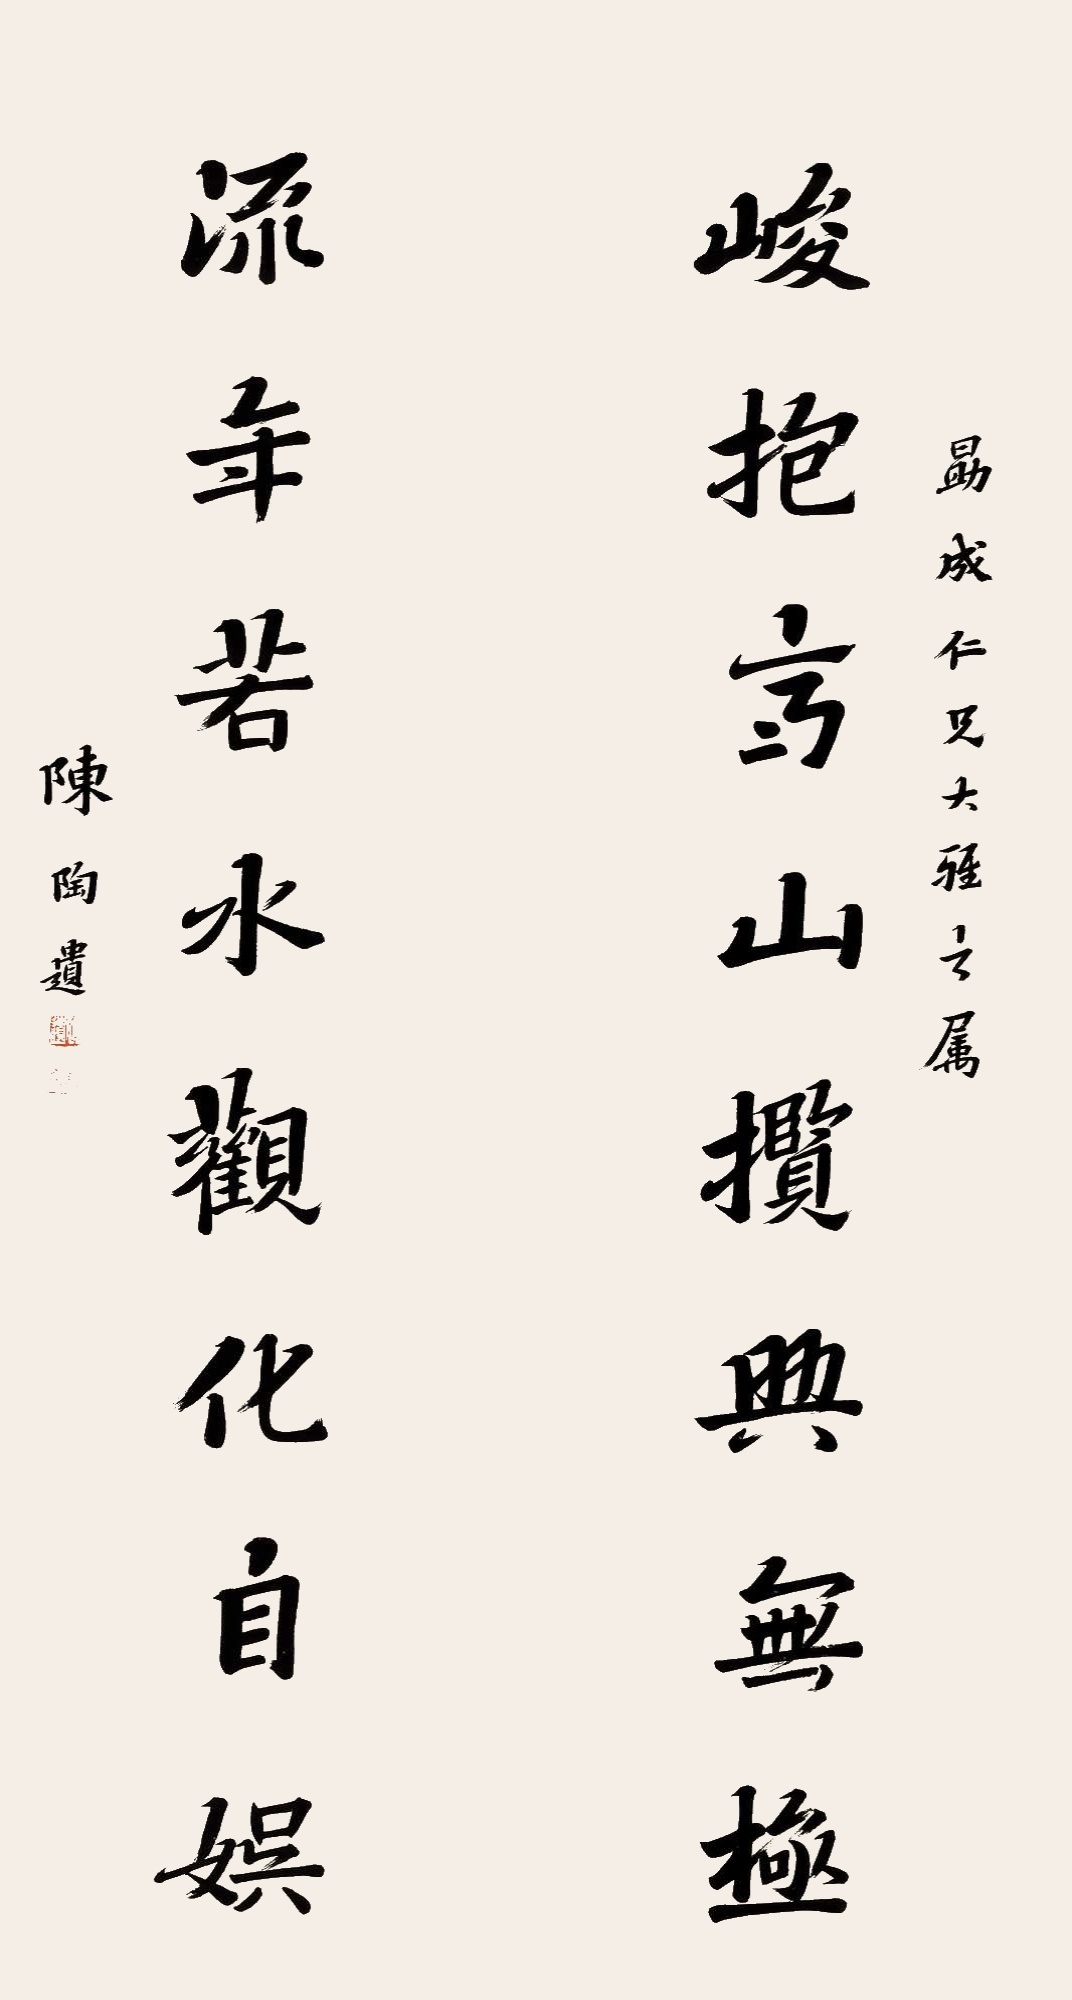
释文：峻抱高山揽兴无极，流年若水观化自娱。勖成仁兄大雅之属，陈陶遗。